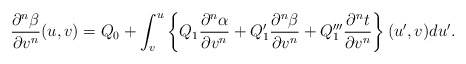
\begin{align*} \frac{\partial^n\beta}{\partial v^n}(u,v)=Q_0+\int_v^u\left\{Q_1\frac{\partial^n\alpha}{\partial v^n}+Q_1'\frac{\partial^n\beta}{\partial v^n}+Q_1'''\frac{\partial^nt}{\partial v^n}\right\}(u',v)du'.\end{align*}